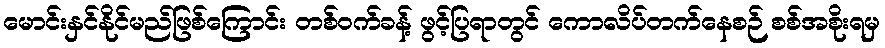
မောင်းနှင်နိုင်မည်ဖြစ်ကြောင်း တစ်ဝက်ခန့် ဖွင့်ပြရာတွင် ကောလိပ်တက်နေစဉ် စစ်အစိုးရမှ